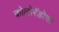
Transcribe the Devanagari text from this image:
कोलोरॅडोचा